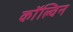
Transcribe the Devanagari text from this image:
काॅल्विन